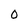
Character: 0